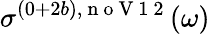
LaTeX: \sigma^{(0+2b),\mathrm{~n~o~V~1~2~}}(\omega)